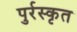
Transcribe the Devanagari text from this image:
पुर्रस्कृत